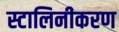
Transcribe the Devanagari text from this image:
स्टालिनीकरण